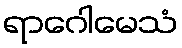
ရာဂေါမေသံ